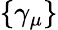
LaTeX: \{ \gamma_{\mu}\}